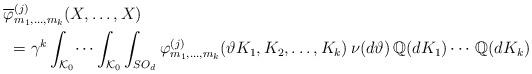
LaTeX: \begin{align*}&\overline \varphi_{ m_1,\dots,m_k}^{(j)}(X,\dots ,X) \\&\ = \gamma^k\int_{{\cal K}_0}\dots\int_{{\cal K}_0}\int_{SO_d}\varphi^{(j)}_{m_1,\dots,m_k}(\vartheta K_{1},K_2,\dots,K_{k})\,\nu( d\vartheta)\,{\mathbb Q} (d K_1)\cdots \,{\mathbb Q} (d K_k)\end{align*}